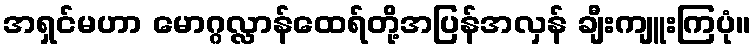
အရှင်မဟာ မောဂ္ဂလ္လာန်ထေရ်တို့အပြန်အလှန် ချီးကျူးကြပုံ။